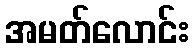
အမတ်လောင်း